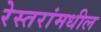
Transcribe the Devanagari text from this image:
रेस्तरांमधील